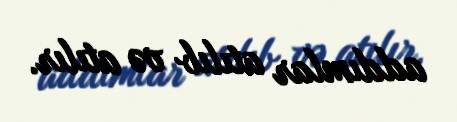
addımlar atılıb və atılır.